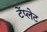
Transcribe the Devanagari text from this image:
टेंप्लेट